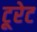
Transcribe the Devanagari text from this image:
टूरेट